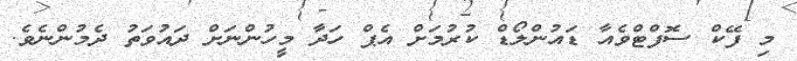
މި ފޭކް ސޮފްޓްވެއާ ޑައުންލޯޑް ކުރުމަށް އެޕް ހަދާ މީހުންނަށް ދައުވަތު ދެމުންނެވެ.